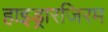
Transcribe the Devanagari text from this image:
हाइड्रारजिरम